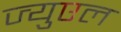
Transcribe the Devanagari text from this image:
ज्युएल